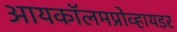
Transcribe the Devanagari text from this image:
आयकॉलमप्रोव्हायडर